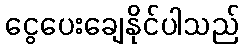
ငွေပေးချေနိုင်ပါသည်